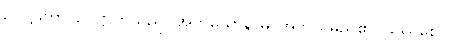
ဥပဋ္ဌကော၊ ဥပဋ္ဌာကသည်။ အဘယောနာမ၊ အဘယမည်၏။ ဖုဿစေဝ၊